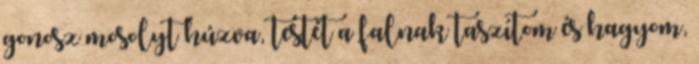
gonosz mosolyt húzva, testét a falnak taszítom és hagyom,